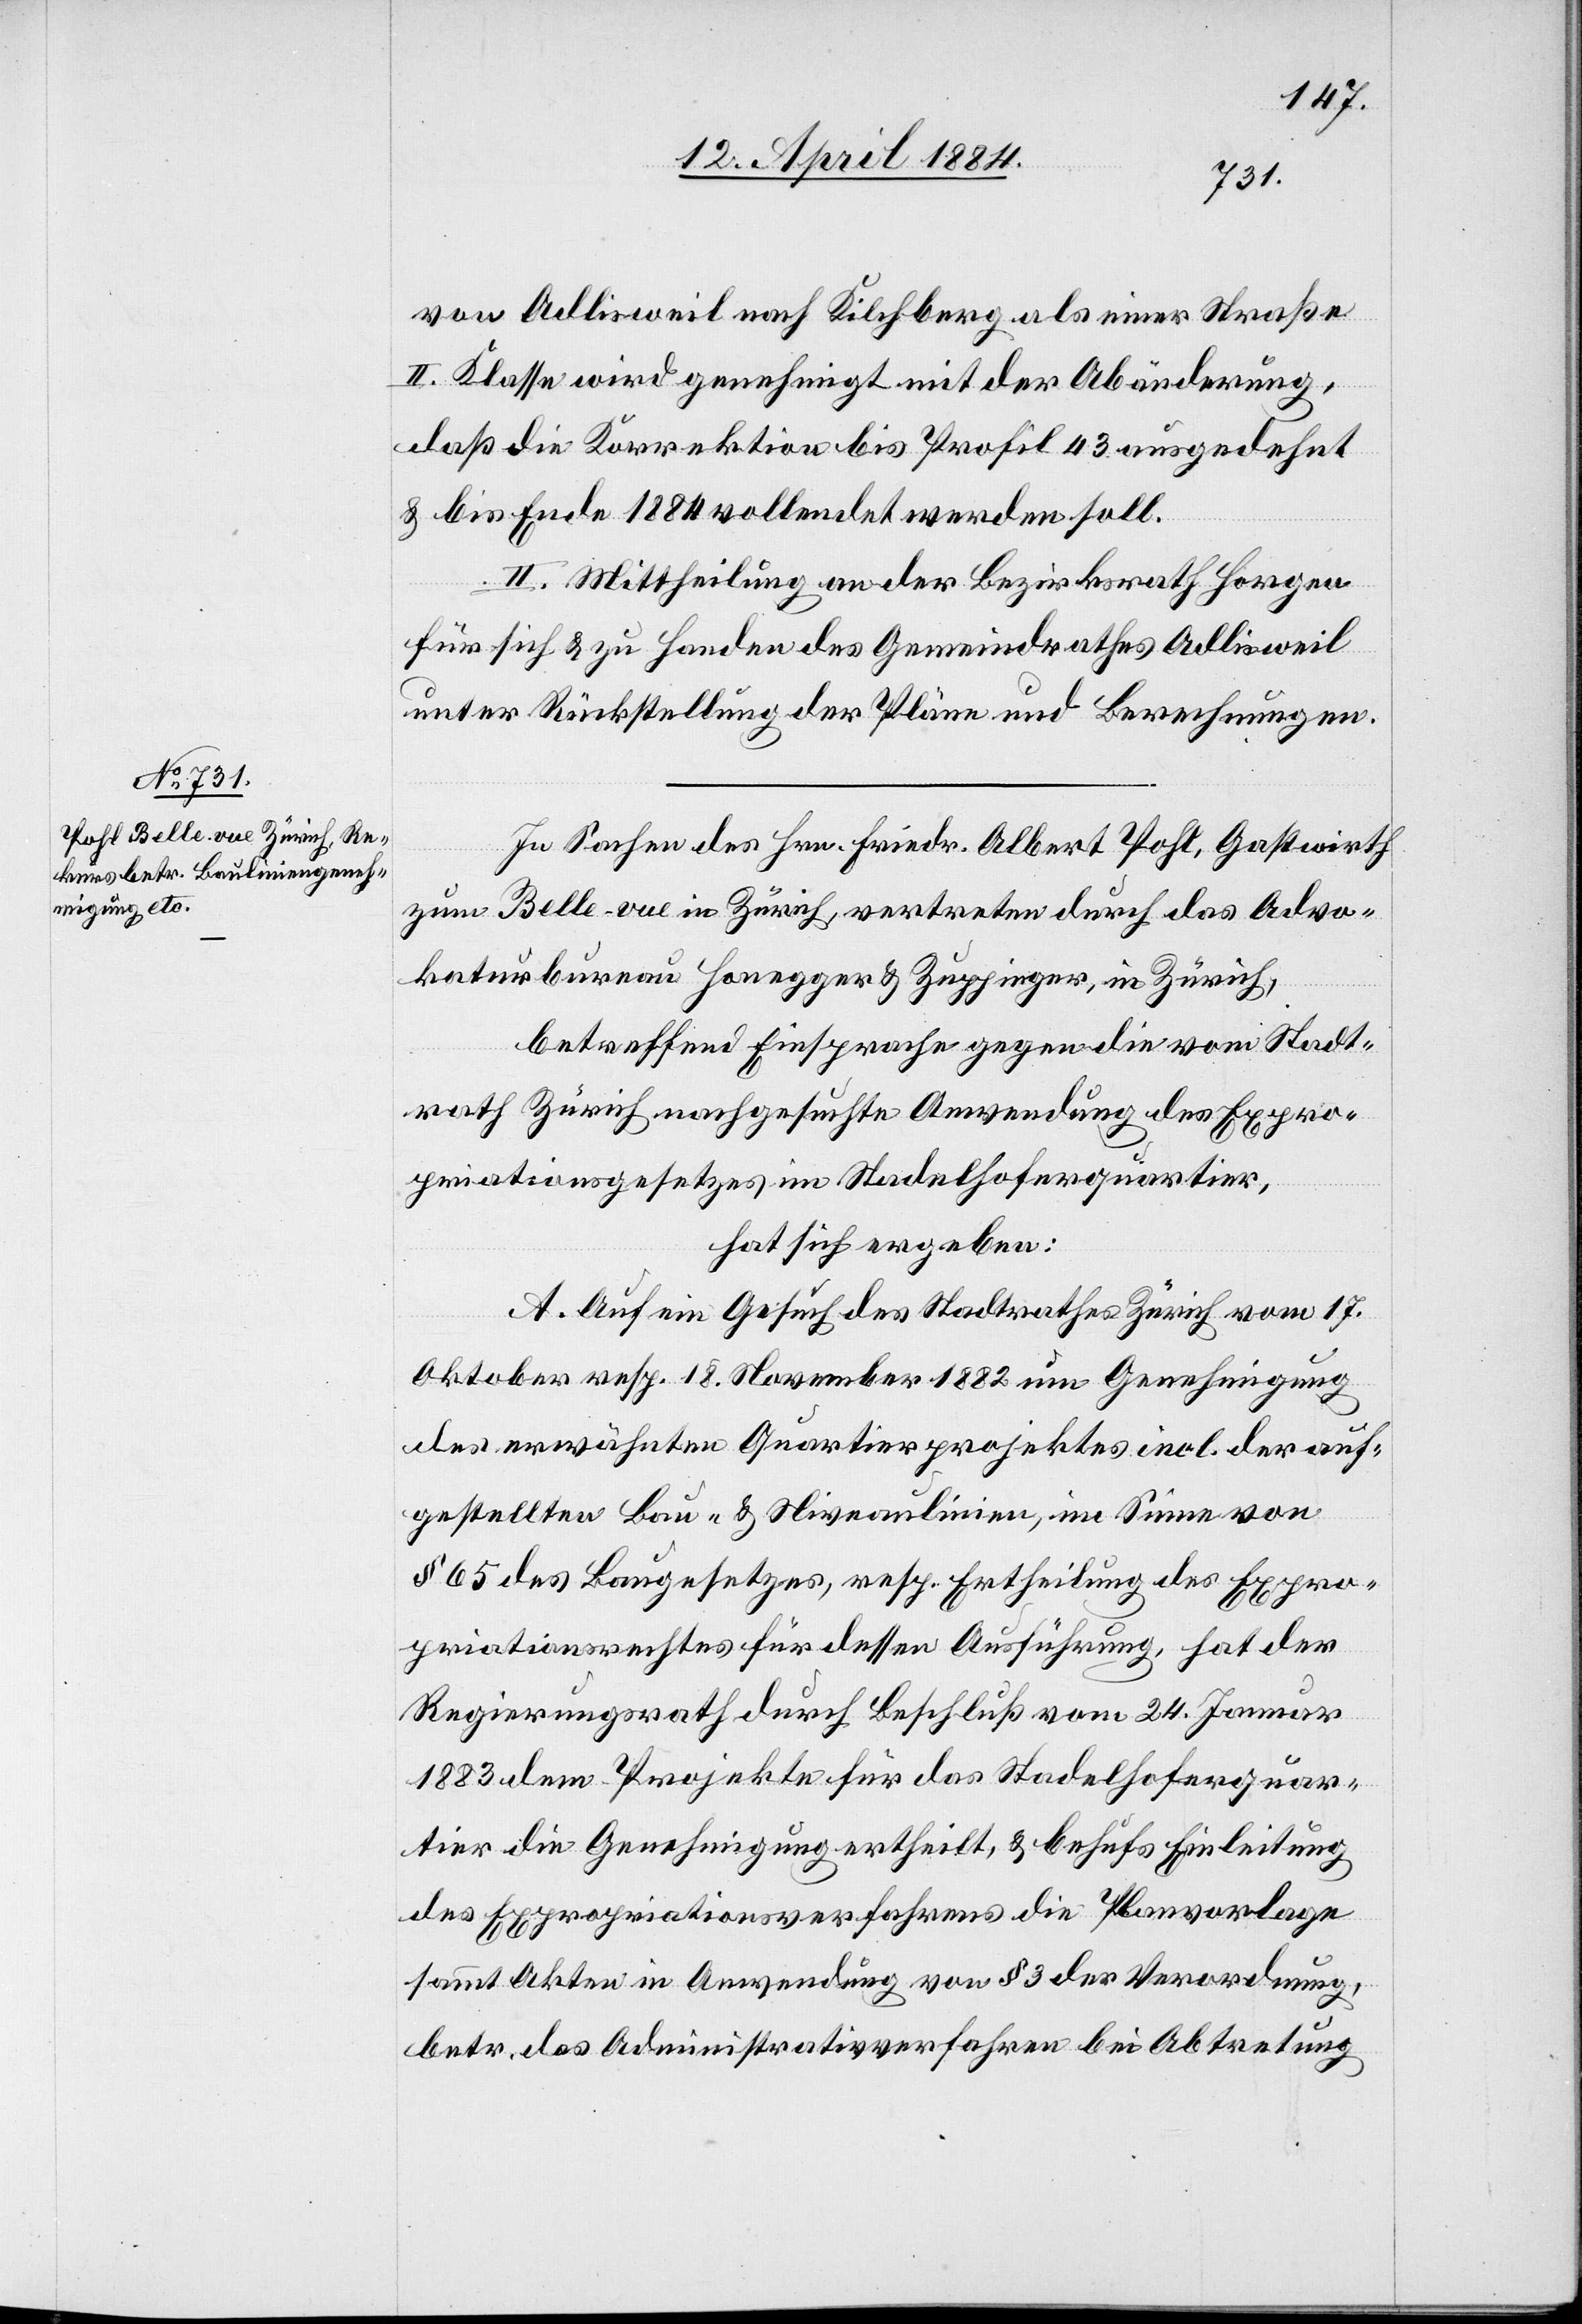
von Adlisweil nach Kilchberg als einer Straße
II. Klasse wird genehmigt mit der Abänderung,
daß die Korrektion bis Profil 43 ausgedehnt
& bis Ende 1884 vollendet werden soll.
II. Mittheilung an der [sic!] Bezirksrath Horgen
für sich & zu Handen des Gemeindrathes Adlisweil
unter Rückstellung der Pläne und Berechnungen.
In Sachen des Hrn. Friedr. Albert Pohl, Gastwirth
zum Belle-vue in Zürich, vertreten durch das Advo¬
katurbureau Honegger & Zuppinger, in Zürich,
betreffend Einsprache gegen die vom Stadt¬
rath Zürich nachgesuchte Anwendung des Expro¬
priationsgesetzes im Stadelhoferquartier,
hat sich ergeben:
A. Auf ein Gesuch des Stadtrathes Zürich vom 17.
Oktober resp. 18. November 1882 um Genehmigung
des erwähnten Quartierprojektes incl. der auf¬
gestellten Bau- & Niveaulinien, im Sinne von
§ 65 des Baugesetzes, resp. Ertheilung des Expro¬
priationsrechtes für dessen Ausführung, hat der
Regierungsrath durch Beschluß vom 24. Januar
1883 dem Projekte für das Stadelhoferquar¬
tier die Genehmigung ertheilt, & behufs Einleitung
des Expropriationsverfahrens die Planvorlage
sammt Akten in Anwendung von § 3 der Verordnung,
betr. das Administrativverfahren bei Abtretung